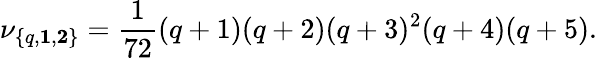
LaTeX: \nu_{\{ q,{\mathbf 1},{\mathbf 2}\} }={\frac{1}{72}}(q+1)(q+2)(q+3)^{2}(q+4)(q+5).